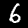
Digit: 6